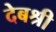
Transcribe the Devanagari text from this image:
देबश्री